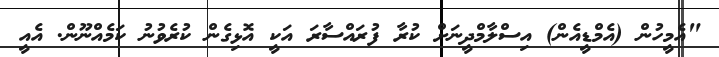
"އެމީހުން (އެމްޑީއެން) އިސްލާމްދީނަށް ކުރާ ފުރައްސާރަ އަކީ އޮޅިގެން ކުރެވުނު ކަމެއްނޫން. އެއީ